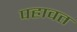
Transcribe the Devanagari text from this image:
पहावत